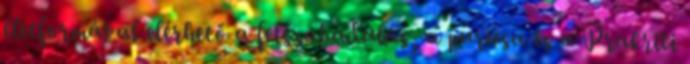
életformával elérhető a felszabadulás, a purusa és a Prakriti